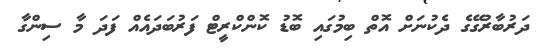
ދަރުބާރުގޭގެ ދެކުނަށް އޮތް ބިމުގައި ބޮޑު ކޮންކްރީޓް ފަރުބަދައެއް ފަދަ މާ ސިންގާ